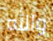
والله